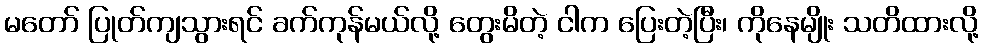
မတော် ပြုတ်ကျသွားရင် ခက်ကုန်မယ်လို့ တွေးမိတဲ့ ငါက ပြေးတဲ့ပြီး၊ ကိုနေမျိုး သတိထားလို့